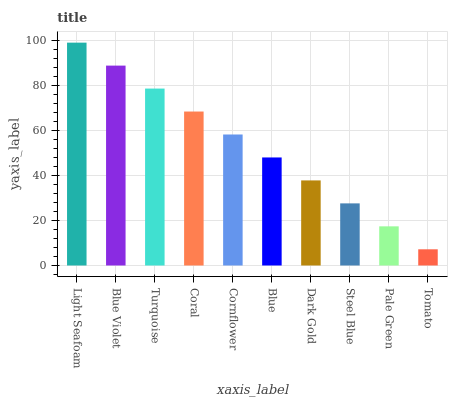
| xaxis_label | bars |
 | --- | --- |
 | Light Seafoam | 99 |
 | Blue Violet | 88.8 |
 | Turquoise | 78.6 |
 | Coral | 68.4 |
 | Cornflower | 58.2 |
 | Blue | 48 |
 | Dark Gold | 37.8 |
 | Steel Blue | 27.6 |
 | Pale Green | 17.4 |
 | Tomato | 7.19 |